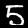
Digit: 5